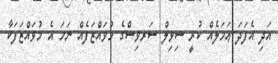
އަދި އެފަދަ ޢަމަލެއް ކުރީ ސިވިލް ސަރވިސްގެ މުވައްޒަފެއް ނަމަ އެ މުވައްޒަފަކާ